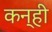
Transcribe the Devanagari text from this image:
कन्ही